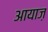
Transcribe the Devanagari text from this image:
आयाज़